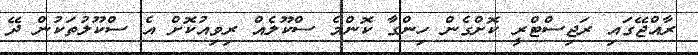
ރާއްޖޭގައި ރަޖިސްްޓްރީ ކޮށްގެން ހިންގާ ކޮންމެ ސްކޫލެއް ރިވިއުކޮށް އެ ސްކޫލުތަކުން ދޭ